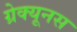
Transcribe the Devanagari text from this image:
ग्रेक्यूनस